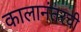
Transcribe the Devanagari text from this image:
कालानंतरची